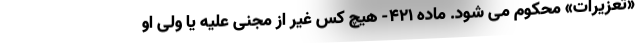
«تعزیرات» محکوم می شود. ماده ۴۲۱- هیچ کس غیر از مجنی علیه یا ولی او